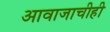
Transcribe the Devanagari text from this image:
आवाजाचीही